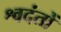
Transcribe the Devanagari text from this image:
श्वदंतों